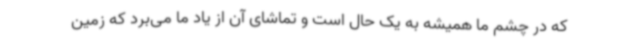
که در چشم ما همیشه به یک حال است و تماشای آن از یاد ما می‌برد که زمین